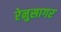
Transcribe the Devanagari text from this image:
रेनुसागर